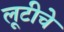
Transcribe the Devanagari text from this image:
लूटीचे